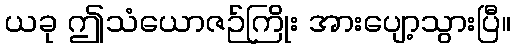
ယခု ဤသံယောဇဉ်ကြိုး အားပျော့သွားပြီ။